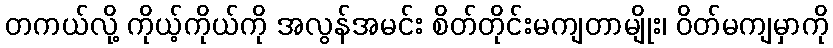
တကယ်လို့ ကိုယ့်ကိုယ်ကို အလွန်အမင်း စိတ်တိုင်းမကျတာမျိုး၊ ဝိတ်မကျမှာကို